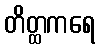
တိတ္ထကရေ